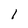
Character: 1